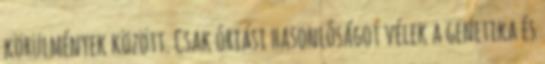
körülmények között. Csak óriási hasonlóságot vélek a genetika és